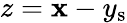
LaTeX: z=\mathbf{x}-y_{\mathrm{{s}}}